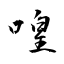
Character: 喤